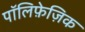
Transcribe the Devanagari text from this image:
पॉलिफ़ेज़िक